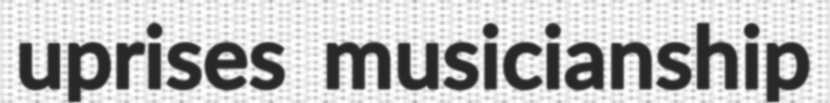
uprises musicianship